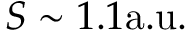
S \sim 1 . 1 \mathrm { a . u . }